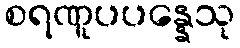
စရဏူပပန္နေသု